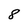
Character: 8